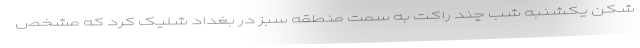
شکن یکشنبه شب چند راکت به سمت منطقه سبز در بغداد شلیک کرد که مشخص